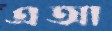
এআ